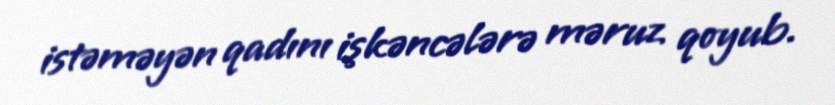
istəməyən qadını işkəncələrə məruz qoyub.